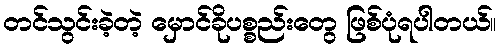
တင်သွင်းခဲ့တဲ့ မှောင်ခိုပစ္စည်းတွေ ဖြစ်ပုံရပါတယ်။